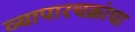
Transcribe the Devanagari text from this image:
व्यापारचक्रांचा